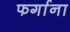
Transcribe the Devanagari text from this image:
फर्गाना